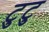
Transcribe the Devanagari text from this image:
टुटु